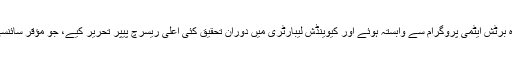
1960 کے اوائل میں وہ برٹش ایٹمی پروگرام سے وابستہ ہوئے اور کیوینڈش لیبارٹری میں دوران تحقیق کئی اعلیٰ ریسرچ پیپر تحریر کیے، جو مؤقر سائنسی جرائد میں شائع ہوئے۔